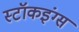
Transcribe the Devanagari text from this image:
स्टॉकइंग्स